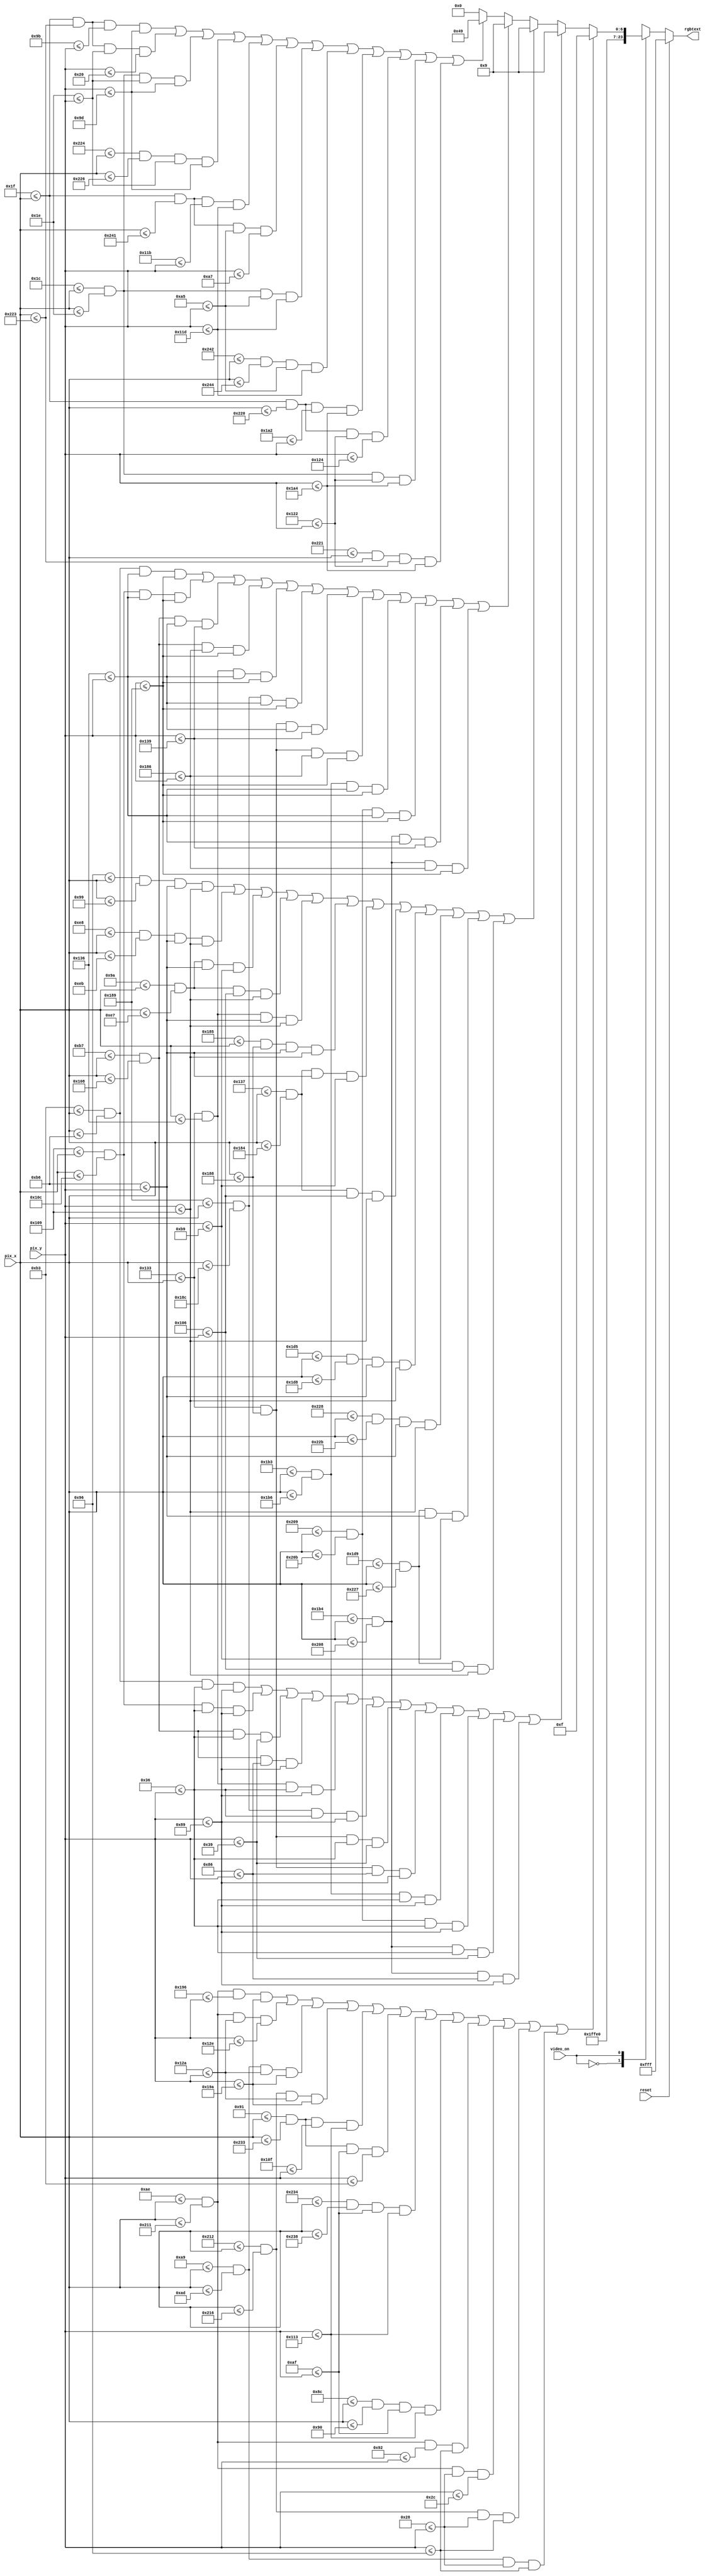
`timescale 1ns / 1ps
//////////////////////////////////////////////////////////////////////////////////
// Company: 
// Engineer: 
// 
// Design Name: 
// Module Name:    CUADROS 
// Project Name: 
// Target Devices: 
// Tool versions: 
// Description: 
//
// Dependencies: 
//
// Revision: 
// Revision 0.01 - File Created
// Additional Comments: 
//CREADOR: JOAO SALAS RAMIREZ
//
//////////////////////////////////////////////////////////////////////////////////
module SQUARE(
	input [9:0] pix_y, pix_x,
	 input wire video_on,
	 input reset,
	 output  [11:0] rgbtext

);
	 //*********************************************************
	 //SECCION GENERADORA DE CUADROS EN LA PANTALLA

	 localparam MAX_Y= 480;
	 localparam MAX_X= 640;
	wire [11:0] color_rgb; //output de salida
		//tamanos de lineas
//CAJAS GRANDES CREACION, LAS QUE ENCIERRAN,
//comienza la cajote de la hora
//vertical1

	localparam grande1v_left=169;
	localparam grande1v_right=173;
	localparam grande1v_y_t = 40;
	localparam grande1v_y_b = 150;
	wire  grande1v_on;
	assign grande1v_on = (grande1v_left<=pix_x) && (pix_x<=grande1v_right) &&
	(grande1v_y_t<=pix_y) && (pix_y<=grande1v_y_b);
//vertial2
	localparam grande2v_left=530;
	localparam grande2v_right=534;
	localparam grande2v_y_t = 40;
	localparam grande2v_y_b = 150;
	wire  grande2v_on;
	assign grande2v_on = (grande2v_left<=pix_x) && (pix_x<=grande2v_right) &&
	(grande2v_y_t<=pix_y) && (pix_y<=grande2v_y_b);
//horizontal1

	localparam grande1h_left=174;
	localparam grande1h_right=529;
	localparam grande1h_y_t = 40;
	localparam grande1h_y_b = 44;
	wire  grande1h_on;
	assign grande1h_on = (grande1h_left<=pix_x) && (pix_x<=grande1h_right) &&
	(grande1h_y_t<=pix_y) && (pix_y<=grande1h_y_b);
//horizontal2

	localparam grande2h_left=174;
	localparam grande2h_right=529;
	localparam grande2h_y_t = 146;
	localparam grande2h_y_b = 150;
	wire  grande2h_on;
	assign grande2h_on = (grande2h_left<=pix_x) && (pix_x<=grande2h_right) &&
	(grande2h_y_t<=pix_y) && (pix_y<=grande2h_y_b);

//----------------------------------------------------------------------------
//sigue la caja de la fecha

//vertical1

	localparam grandef1v_left=140;
	localparam grandef1v_right=144;
	localparam grandef1v_y_t = 175;
	localparam grandef1v_y_b = 275;
	wire  grandef1v_on;
	assign grandef1v_on = (grandef1v_left<=pix_x) && (pix_x<=grandef1v_right) &&
	(grandef1v_y_t<=pix_y) && (pix_y<=grandef1v_y_b);
//vertial2

	localparam grandef2v_left=564;
	localparam grandef2v_right=568;
	localparam grandef2v_y_t = 175;
	localparam grandef2v_y_b = 275;
	wire  grandef2v_on;
	assign grandef2v_on = (grandef2v_left<=pix_x) && (pix_x<=grandef2v_right) &&
	(grandef2v_y_t<=pix_y) && (pix_y<=grandef2v_y_b);
//horizontal1

	localparam grandef1h_left=145;
	localparam grandef1h_right=563;
	localparam grandef1h_y_t = 175;
	localparam grandef1h_y_b = 179;
	wire  grandef1h_on;
	assign grandef1h_on = (grandef1h_left<=pix_x) && (pix_x<=grandef1h_right) &&
	(grandef1h_y_t<=pix_y) && (pix_y<=grandef1h_y_b);
//horizontal2

	localparam grandef2h_left=145;
	localparam grandef2h_right=563;
	localparam grandef2h_y_t = 271;
	localparam grandef2h_y_b = 275;
	wire  grandef2h_on;
	assign grandef2h_on = (grandef2h_left<=pix_x) && (pix_x<=grandef2h_right) &&
	(grandef2h_y_t<=pix_y) && (pix_y<=grandef2h_y_b);
//---------------------------------------------------------------------

//sigue la caja del cronometro
//vertical1

	localparam grandec1v_left=169;
	localparam grandec1v_right=173;
	localparam grandec1v_y_t = 298;
	localparam grandec1v_y_b = 410;
	wire  grandec1v_on;
	assign grandec1v_on = (grandec1v_left<=pix_x) && (pix_x<=grandec1v_right) &&
	(grandec1v_y_t<=pix_y) && (pix_y<=grandec1v_y_b);
//vertial2

	localparam grandec2v_left=530;
	localparam grandec2v_right=534;
	localparam grandec2v_y_t = 298;
	localparam grandec2v_y_b = 410;
	wire  grandec2v_on;
	assign grandec2v_on = (grandec2v_left<=pix_x) && (pix_x<=grandec2v_right) &&
	(grandec2v_y_t<=pix_y) && (pix_y<=grandec2v_y_b);
//horizontal1

	localparam grandec1h_left=174;
	localparam grandec1h_right=529;
	localparam grandec1h_y_t = 298;
	localparam grandec1h_y_b = 302;
	wire  grandec1h_on;
	assign grandec1h_on = (grandec1h_left<=pix_x) && (pix_x<=grandec1h_right) &&
	(grandec1h_y_t<=pix_y) && (pix_y<=grandec1h_y_b);
//horizontal2

	localparam grandec2h_left=174;
	localparam grandec2h_right=529;
	localparam grandec2h_y_t = 406;
	localparam grandec2h_y_b = 410;
	wire  grandec2h_on;
	assign grandec2h_on = (grandec2h_left<=pix_x) && (pix_x<=grandec2h_right) &&
	(grandec2h_y_t<=pix_y) && (pix_y<=grandec2h_y_b);


//---------------------------------------------------------------------------
//**********************************************************************

//recuadros dentro de la caja del reloj

//cajas para las horas
//primer caja
//vertical1

	localparam media1v_left=179;
	localparam media1v_right=182;
	localparam media1v_y_t = 54;
	localparam media1v_y_b = 137;
	wire  media1v_on;
	assign media1v_on = (media1v_left<=pix_x) && (pix_x<=media1v_right) &&
	(media1v_y_t<=pix_y) && (pix_y<=media1v_y_b);
//vertial2

	localparam media2v_left=265;
	localparam media2v_right=268;
	localparam media2v_y_t = 54;
	localparam media2v_y_b = 137;
	wire  media2v_on;
	assign media2v_on = (media2v_left<=pix_x) && (pix_x<=media2v_right) &&
	(media2v_y_t<=pix_y) && (pix_y<=media2v_y_b);
//horizontal1
	localparam media1h_left=183;
	localparam media1h_right=264;
	localparam media1h_y_t = 54;
	localparam media1h_y_b = 57;
	wire  media1h_on;
	assign media1h_on = (media1h_left<=pix_x) && (pix_x<=media1h_right) &&
	(media1h_y_t<=pix_y) && (pix_y<=media1h_y_b);
//horizontal2
	localparam media2h_left=183;
	localparam media2h_right=264;
	localparam media2h_y_t = 134;
	localparam media2h_y_b = 137;
	wire  media2h_on;
	assign media2h_on = (media2h_left<=pix_x) && (pix_x<=media2h_right) &&
	(media2h_y_t<=pix_y) && (pix_y<=media2h_y_b);
//------------------------------------------
//segunda caja
//------------------------------------------

//vertical1

	localparam media1v2_left=307;
	localparam media1v2_right=310;
	localparam media1v2_y_t = 54; //listos
	localparam media1v2_y_b = 137;
	wire  media1v2_on;
	assign media1v2_on = (media1v2_left<=pix_x) && (pix_x<=media1v2_right) &&
	(media1v2_y_t<=pix_y) && (pix_y<=media1v2_y_b);
//vertial2

	localparam media2v2_left=393;
	localparam media2v2_right=396;
	localparam media2v2_y_t = 54;
	localparam media2v2_y_b = 137;
	wire  media2v2_on;
	assign media2v2_on = (media2v2_left<=pix_x) && (pix_x<=media2v2_right) &&
	(media2v2_y_t<=pix_y) && (pix_y<=media2v2_y_b);
//horizontal1
	localparam media1h2_left=307;
	localparam media1h2_right=392;
	localparam media1h2_y_t = 54;
	localparam media1h2_y_b = 57;
	wire  media1h2_on;
	assign media1h2_on = (media1h2_left<=pix_x) && (pix_x<=media1h2_right) &&
	(media1h2_y_t<=pix_y) && (pix_y<=media1h2_y_b);
//horizontal2
	localparam media2h2_left=307;
	localparam media2h2_right=392;
	localparam media2h2_y_t = 134; //ready
	localparam media2h2_y_b = 137;
	wire  media2h2_on;
	assign media2h2_on = (media2h2_left<=pix_x) && (pix_x<=media2h2_right) &&
	(media2h2_y_t<=pix_y) && (pix_y<=media2h2_y_b);

//tercera caja
//------------------------------------------

//vertical1

	localparam media1v3_left=435;
	localparam media1v3_right=438;
	localparam media1v3_y_t = 54; //ready
	localparam media1v3_y_b = 137;
	wire  media1v3_on;
	assign media1v3_on = (media1v3_left<=pix_x) && (pix_x<=media1v3_right) &&
	(media1v3_y_t<=pix_y) && (pix_y<=media1v3_y_b);
//vertial2

	localparam media2v3_left=521;
	localparam media2v3_right=523;
	localparam media2v3_y_t = 54;
	localparam media2v3_y_b = 137;
	wire  media2v3_on;
	assign media2v3_on = (media2v3_left<=pix_x) && (pix_x<=media2v3_right) &&
	(media2v3_y_t<=pix_y) && (pix_y<=media2v3_y_b);
//horizontal1
	localparam media1h3_left=436;
	localparam media1h3_right=520;
	localparam media1h3_y_t = 54;
	localparam media1h3_y_b = 57;
	wire  media1h3_on;
	assign media1h3_on = (media1h3_left<=pix_x) && (pix_x<=media1h3_right) &&
	(media1h3_y_t<=pix_y) && (pix_y<=media1h3_y_b);
//horizontal2
	localparam media2h3_left=436;
	localparam media2h3_right=520;
	localparam media2h3_y_t = 134; //ready
	localparam media2h3_y_b = 137;
	wire  media2h3_on;
	assign media2h3_on = (media2h3_left<=pix_x) && (pix_x<=media2h3_right) &&
	(media2h3_y_t<=pix_y) && (pix_y<=media2h3_y_b);
//------------------------------------------------------------------------------

//********************************************
//CREACION DE CAJAS QUE VAN DENTRO DE LA CAJA DE FECHA las que encierran a los numeros
//-----------------------
//primer caja
//vertical1

	localparam fecha1v_left=150;
	localparam fecha1v_right=153;
	localparam fecha1v_y_t = 182;
	localparam fecha1v_y_b = 265;
	wire  fecha1v_on;
	assign fecha1v_on = (fecha1v_left<=pix_x) && (pix_x<=fecha1v_right) &&
	(fecha1v_y_t<=pix_y) && (pix_y<=fecha1v_y_b);
//vertial2

	localparam fecha2v_left=232;
	localparam fecha2v_right=235;
	localparam fecha2v_y_t = 182; //listo
	localparam fecha2v_y_b = 265;
	wire  fecha2v_on;
	assign fecha2v_on = (fecha2v_left<=pix_x) && (pix_x<=fecha2v_right) &&
	(fecha2v_y_t<=pix_y) && (pix_y<=fecha2v_y_b);
//horizontal1
	localparam fecha1h_left=154;
	localparam fecha1h_right=231;
	localparam fecha1h_y_t = 182; //listo
	localparam fecha1h_y_b = 185;
	wire  fecha1h_on;
	assign fecha1h_on = (fecha1h_left<=pix_x) && (pix_x<=fecha1h_right) &&
	(fecha1h_y_t<=pix_y) && (pix_y<=fecha1h_y_b);
//horizontal2
	localparam fecha2h_left=154;
	localparam fecha2h_right=231;
	localparam fecha2h_y_t = 262; //ok
	localparam fecha2h_y_b = 265;
	wire  fecha2h_on;
	assign fecha2h_on = (fecha2h_left<=pix_x) && (pix_x<=fecha2h_right) &&
	(fecha2h_y_t<=pix_y) && (pix_y<=fecha2h_y_b);

//segunda caja en la fecha

//vertical1

	localparam fecha1v2_left=307;
	localparam fecha1v2_right=310;
	localparam fecha1v2_y_t = 182;  //listo
	localparam fecha1v2_y_b = 265;
	wire  fecha1v2_on;
	assign fecha1v2_on = (fecha1v2_left<=pix_x) && (pix_x<=fecha1v2_right) &&
	(fecha1v2_y_t<=pix_y) && (pix_y<=fecha1v2_y_b);
//vertial2

	localparam fecha2v2_left=389;
	localparam fecha2v2_right=392;
	localparam fecha2v2_y_t = 182;
	localparam fecha2v2_y_b = 265;
	wire  fecha2v2_on;
	assign fecha2v2_on = (fecha2v2_left<=pix_x) && (pix_x<=fecha2v2_right) &&
	(fecha2v2_y_t<=pix_y) && (pix_y<=fecha2v2_y_b);
//horizontal1
	localparam fecha1h2_left=311;
	localparam fecha1h2_right=388;
	localparam fecha1h2_y_t = 182;//ok
	localparam fecha1h2_y_b = 185;
	wire  fecha1h2_on;
	assign fecha1h2_on = (fecha1h2_left<=pix_x) && (pix_x<=fecha1h2_right) &&
	(fecha1h2_y_t<=pix_y) && (pix_y<=fecha1h2_y_b);
//horizontal2
	localparam fecha2h2_left=311;
	localparam fecha2h2_right=388;
	localparam fecha2h2_y_t = 262;//ok
	localparam fecha2h2_y_b = 265;
	wire  fecha2h2_on;
	assign fecha2h2_on = (fecha2h2_left<=pix_x) && (pix_x<=fecha2h2_right) &&
	(fecha2h2_y_t<=pix_y) && (pix_y<=fecha2h2_y_b);

//tercera caja dentro de fecha

//vertical1

	localparam fecha1v3_left=469;
	localparam fecha1v3_right=472;
	localparam fecha1v3_y_t = 182; //listo
	localparam fecha1v3_y_b = 265;
	wire  fecha1v3_on;
	assign fecha1v3_on = (fecha1v3_left<=pix_x) && (pix_x<=fecha1v3_right) &&
	(fecha1v3_y_t<=pix_y) && (pix_y<=fecha1v3_y_b);
//vertial2

	localparam fecha2v3_left=552;
	localparam fecha2v3_right=555;
	localparam fecha2v3_y_t = 182;
	localparam fecha2v3_y_b = 265;
	wire  fecha2v3_on;
	assign fecha2v3_on = (fecha2v3_left<=pix_x) && (pix_x<=fecha2v3_right) &&
	(fecha2v3_y_t<=pix_y) && (pix_y<=fecha2v3_y_b);
//horizontal1
	localparam fecha1h3_left=473;
	localparam fecha1h3_right=551;
	localparam fecha1h3_y_t = 182;//ok
	localparam fecha1h3_y_b = 185;
	wire  fecha1h3_on;
	assign fecha1h3_on = (fecha1h3_left<=pix_x) && (pix_x<=fecha1h3_right) &&
	(fecha1h3_y_t<=pix_y) && (pix_y<=fecha1h3_y_b);
//horizontal2
	localparam fecha2h3_left=473;
	localparam fecha2h3_right=551;
	localparam fecha2h3_y_t = 262;//ok
	localparam fecha2h3_y_b = 265;
	wire  fecha2h3_on;
	assign fecha2h3_on = (fecha2h3_left<=pix_x) && (pix_x<=fecha2h3_right) &&
	(fecha2h3_y_t<=pix_y) && (pix_y<=fecha2h3_y_b);

//---------------------------------------------------------------------------
//-----------------------------------------------------------------
//***************************************************
//---------------------------------------------------------------
//CAJAS QUE VAN DENTRO DEL CRONOMETRO


//vertical1

	localparam crono1v_left=179;
	localparam crono1v_right=182;
	localparam crono1v_y_t = 310;
	localparam crono1v_y_b = 393;
	wire  crono1v_on;
	assign crono1v_on = (crono1v_left<=pix_x) && (pix_x<=crono1v_right) &&
	(crono1v_y_t<=pix_y) && (pix_y<=crono1v_y_b);
//vertial2

	localparam crono2v_left=265;
	localparam crono2v_right=268;
	localparam crono2v_y_t = 310;
	localparam crono2v_y_b = 393;
	wire  crono2v_on;
	assign crono2v_on = (crono2v_left<=pix_x) && (pix_x<=crono2v_right) &&
	(crono2v_y_t<=pix_y) && (pix_y<=crono2v_y_b);
//horizontal1
	localparam crono1h_left=183;
	localparam crono1h_right=264;
	localparam crono1h_y_t = 310;
	localparam crono1h_y_b = 313;
	wire  crono1h_on;
	assign crono1h_on = (crono1h_left<=pix_x) && (pix_x<=crono1h_right) &&
	(crono1h_y_t<=pix_y) && (pix_y<=crono1h_y_b);
//horizontal2
	localparam crono2h_left=183;
	localparam crono2h_right=264;
	localparam crono2h_y_t = 390;
	localparam crono2h_y_b = 393;
	wire  crono2h_on;
	assign crono2h_on = (crono2h_left<=pix_x) && (pix_x<=crono2h_right) &&
	(crono2h_y_t<=pix_y) && (pix_y<=crono2h_y_b);

//segunda caja crono
//si algo comienza a dar problemas es porque aqui el pixel 307 coincide en la cajas, igual pasa en las cajas de la hora
//vertical1

	localparam crono1v2_left=307;
	localparam crono1v2_right=310;
	localparam crono1v2_y_t = 310;
	localparam crono1v2_y_b = 393;
	wire  crono1v2_on;
	assign crono1v2_on = (crono1v2_left<=pix_x) && (pix_x<=crono1v2_right) &&
	(crono1v2_y_t<=pix_y) && (pix_y<=crono1v2_y_b);
//vertial2

	localparam crono2v2_left=393;
	localparam crono2v2_right=396;
	localparam crono2v2_y_t = 310;
	localparam crono2v2_y_b = 393;
	wire  crono2v2_on;
	assign crono2v2_on = (crono2v2_left<=pix_x) && (pix_x<=crono2v2_right) &&
	(crono2v2_y_t<=pix_y) && (pix_y<=crono2v2_y_b);
//horizontal1
	localparam crono1h2_left=307;
	localparam crono1h2_right=392;
	localparam crono1h2_y_t = 310;
	localparam crono1h2_y_b = 313;
	wire  crono1h2_on;
	assign crono1h2_on = (crono1h2_left<=pix_x) && (pix_x<=crono1h2_right) &&
	(crono1h2_y_t<=pix_y) && (pix_y<=crono1h2_y_b);
//horizontal2
	localparam crono2h2_left=307;
	localparam crono2h2_right=392;
	localparam crono2h2_y_t = 390;
	localparam crono2h2_y_b = 393;
	wire  crono2h2_on;
	assign crono2h2_on = (crono2h2_left<=pix_x) && (pix_x<=crono2h2_right) &&
	(crono2h2_y_t<=pix_y) && (pix_y<=crono2h2_y_b);

//tercera caja crono

//vertical1

	localparam crono1v3_left=435;
	localparam crono1v3_right=438;
	localparam crono1v3_y_t = 310;
	localparam crono1v3_y_b = 393;
	wire  crono1v3_on;
	assign crono1v3_on = (crono1v3_left<=pix_x) && (pix_x<=crono1v3_right) &&
	(crono1v3_y_t<=pix_y) && (pix_y<=crono1v3_y_b);
//vertial2

	localparam crono2v3_left=521;
	localparam crono2v3_right=523;
	localparam crono2v3_y_t = 310;
	localparam crono2v3_y_b = 393;
	wire  crono2v3_on;
	assign crono2v3_on = (crono2v3_left<=pix_x) && (pix_x<=crono2v3_right) &&
	(crono2v3_y_t<=pix_y) && (pix_y<=crono2v3_y_b);
//horizontal1
	localparam crono1h3_left=436;//ok
	localparam crono1h3_right=520;
	localparam crono1h3_y_t = 310;
	localparam crono1h3_y_b = 313;
	wire  crono1h3_on;
	assign crono1h3_on = (crono1h3_left<=pix_x) && (pix_x<=crono1h3_right) &&
	(crono1h3_y_t<=pix_y) && (pix_y<=crono1h3_y_b);
//horizontal2
	localparam crono2h3_left=436;
	localparam crono2h3_right=520;
	localparam crono2h3_y_t = 390;
	localparam crono2h3_y_b = 393;
	wire  crono2h3_on;
	assign crono2h3_on = (crono2h3_left<=pix_x) && (pix_x<=crono2h3_right) &&
	(crono2h3_y_t<=pix_y) && (pix_y<=crono2h3_y_b);


//-----------------------------------------------------------------------
//CAJAS QUE ENCERRAN EL RTC
//*************************************************************************
//vertical1

	localparam B1v2_left=28;
	localparam B1v2_right=30;
	localparam B1v2_y_t = 30;
	localparam B1v2_y_b = 157;
	wire  B1v2_on;
	assign B1v2_on = (B1v2_left<=pix_x) && (pix_x<=B1v2_right) &&
	(B1v2_y_t<=pix_y) && (pix_y<=B1v2_y_b);
//vertial2

	localparam B2v2_left=548;
	localparam B2v2_right=550;
	localparam B2v2_y_t = 30;
	localparam B2v2_y_b = 157;
	wire  B2v2_on;
	assign B2v2_on = (B2v2_left<=pix_x) && (pix_x<=B2v2_right) &&
	(B2v2_y_t<=pix_y) && (pix_y<=B2v2_y_b);
//horizontal1
	localparam B1h2_left=31;
	localparam B1h2_right=547;
	localparam B1h2_y_t = 30;
	localparam B1h2_y_b = 32;
	wire  B1h2_on;
	assign B1h2_on = (B1h2_left<=pix_x) && (pix_x<=B1h2_right) &&
	(B1h2_y_t<=pix_y) && (pix_y<=B1h2_y_b);
//horizontal2
	localparam B2h2_left=31;
	localparam B2h2_right=547;
	localparam B2h2_y_t = 155;
	localparam B2h2_y_b = 157;
	wire  B2h2_on;
	assign B2h2_on = (B2h2_left<=pix_x) && (pix_x<=B2h2_right) &&
	(B2h2_y_t<=pix_y) && (pix_y<=B2h2_y_b);


//**********************************************************************
//SEGUNDO BORDE
//*************************************************************************
//vertical1
	localparam B1v2b_left=28;
	localparam B1v2b_right=30;
	localparam B1v2b_y_t = 165;
	localparam B1v2b_y_b = 285;
	wire  B1v2b_on;
	assign B1v2b_on = (B1v2b_left<=pix_x) && (pix_x<=B1v2b_right) &&
	(B1v2b_y_t<=pix_y) && (pix_y<=B1v2b_y_b);
//vertial2

	localparam B2v2b_left=578;
	localparam B2v2b_right=580;
	localparam B2v2b_y_t = 165;
	localparam B2v2b_y_b = 285;
	wire  B2v2b_on;
	assign B2v2b_on = (B2v2b_left<=pix_x) && (pix_x<=B2v2b_right) &&
	(B2v2b_y_t<=pix_y) && (pix_y<=B2v2b_y_b);
//horizontal1
	localparam B1h2b_left=31;
	localparam B1h2b_right=577;
	localparam B1h2b_y_t = 165;
	localparam B1h2b_y_b = 167;
	wire  B1h2b_on;
	assign B1h2b_on = (B1h2b_left<=pix_x) && (pix_x<=B1h2b_right) &&
	(B1h2b_y_t<=pix_y) && (pix_y<=B1h2b_y_b);
//horizontal2
	localparam B2h2b_left=31;
	localparam B2h2b_right=577;
	localparam B2h2b_y_t = 283;
	localparam B2h2b_y_b = 285;
	wire  B2h2b_on;
	assign B2h2b_on = (B2h2b_left<=pix_x) && (pix_x<=B2h2b_right) &&
	(B2h2b_y_t<=pix_y) && (pix_y<=B2h2b_y_b);

//*********************************************************
//tercer borde

//vertical1
	localparam B1v2c_left=28;
	localparam B1v2c_right=30;
	localparam B1v2c_y_t = 290;
	localparam B1v2c_y_b = 420;
	wire  B1v2c_on;
	assign B1v2c_on = (B1v2c_left<=pix_x) && (pix_x<=B1v2c_right) &&
	(B1v2c_y_t<=pix_y) && (pix_y<=B1v2c_y_b);
//vertial2

	localparam B2v2c_left=545;
	localparam B2v2c_right=547;
	localparam B2v2c_y_t = 290;
	localparam B2v2c_y_b = 420;
	wire  B2v2c_on;
	assign B2v2c_on = (B2v2c_left<=pix_x) && (pix_x<=B2v2c_right) &&
	(B2v2c_y_t<=pix_y) && (pix_y<=B2v2c_y_b);
//horizontal1
	localparam B1h2c_left=31;
	localparam B1h2c_right=544;
	localparam B1h2c_y_t = 290;
	localparam B1h2c_y_b = 292;
	wire  B1h2c_on;
	assign B1h2c_on = (B1h2c_left<=pix_x) && (pix_x<=B1h2c_right) &&
	(B1h2c_y_t<=pix_y) && (pix_y<=B1h2c_y_b);
//horizontal2
	localparam B2h2c_left=31;
	localparam B2h2c_right=544;
	localparam B2h2c_y_t = 418;
	localparam B2h2c_y_b = 420;
	wire  B2h2c_on;
	assign B2h2c_on = (B2h2c_left<=pix_x) && (pix_x<=B2h2c_right) &&
	(B2h2c_y_t<=pix_y) && (pix_y<=B2h2c_y_b);
//**********************************************************************
//------------------------------------------------------------------

wire [11:0] color;
assign color=12'h009;

reg [11:0] rgbtext1;
always@*
if(reset)
		rgbtext1<=12'hfff;
else begin
	case(video_on)
	0: begin
			rgbtext1<=12'hfff;
			end

	1: begin
				if (grandec2h_on | grandec1h_on | grandec1v_on |grandec2v_on | grandef2h_on | grandef1h_on | grandef2v_on | grandef1v_on | grande2h_on | grande1h_on | grande2v_on | grande1v_on)
					rgbtext1<=12'h00f;
				else if (media1v_on | media2v_on | media1h_on | media2h_on |media1v2_on | media2v2_on|media1h2_on |media2h2_on |media1v3_on | media2v3_on|media1h3_on |media2h3_on)
					rgbtext1<=color;
				else if(fecha1v_on | fecha2v_on | fecha1h_on | fecha2h_on |fecha1v2_on | fecha2v2_on | fecha1h2_on | fecha2h2_on |fecha1v3_on | fecha2v3_on | fecha1h3_on | fecha2h3_on)
					rgbtext1<=color;
				else if(crono1v_on | crono2v_on | crono1h_on | crono2h_on |crono1v2_on | crono2v2_on | crono1h2_on | crono2h2_on |crono1v3_on | crono2v3_on | crono1h3_on | crono2h3_on)
					rgbtext1<=color;
				else if(B2h2_on | B1h2_on |B1v2_on | B2v2_on|B2h2b_on | B1h2b_on |B1v2b_on | B2v2b_on|B2h2c_on | B1h2c_on |B1v2c_on | B2v2c_on)
						rgbtext1<=12'h049;
				else
				rgbtext1<=0;


	   end
	default:
		rgbtext1<=12'hfff;
	endcase
end

assign rgbtext=rgbtext1;

endmodule